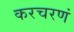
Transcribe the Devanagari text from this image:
करचरणं